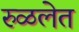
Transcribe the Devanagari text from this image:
रुळलेत